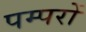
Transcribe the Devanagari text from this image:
पम्परों